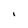
Character: i